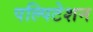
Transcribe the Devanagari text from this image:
पल्पिटेशन